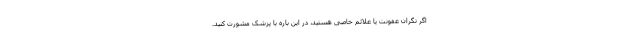
اگر نگران عفونت یا علائم خاصی هستید، در این باره با پزشک مشورت کنید.